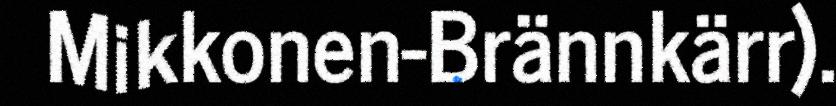
Mikkonen-Brännkärr).